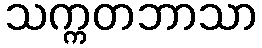
သက္ကတဘာသာ